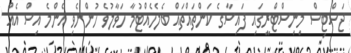
ޖަސްޓިސް މިނިސްޓްރީގައި ފައިސާގެ ކަންތައްތައް ބެލެހެއްޓުމާ ހަވާލުވެ ހުންނެވި އެންމެ އިސް އެއް